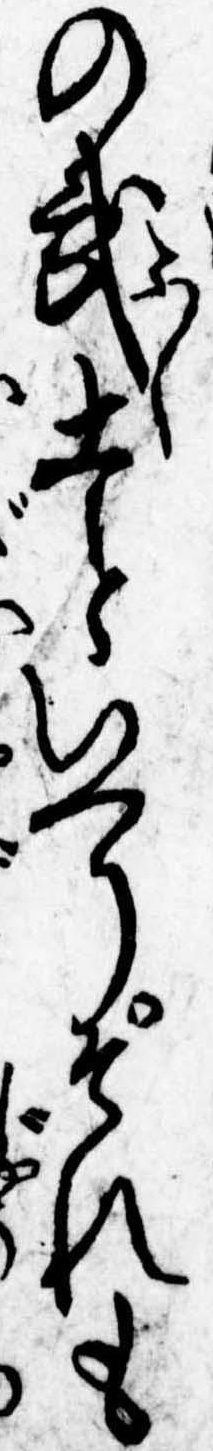
の武士といへりそれも